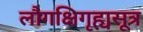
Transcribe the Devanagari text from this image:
लौगक्षिगृह्यसूत्र